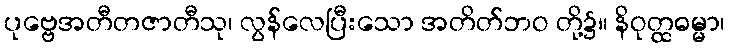
ပုဗ္ဗေအတီတဇာတီသု၊ လွန်လေပြီးသော အတိတ်ဘဝ တို့၌။ နိဝုတ္ထဓမ္မာ၊